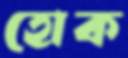
হোক